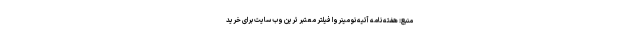
منبع: هفته نامه آتیه نو مینروا فیلتر معتبر ترین وب سایت برای خرید